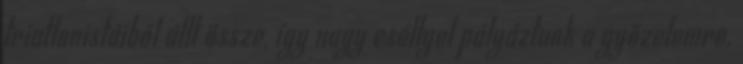
triatlonistáiból állt össze, így nagy eséllyel pályáztunk a győzelemre.